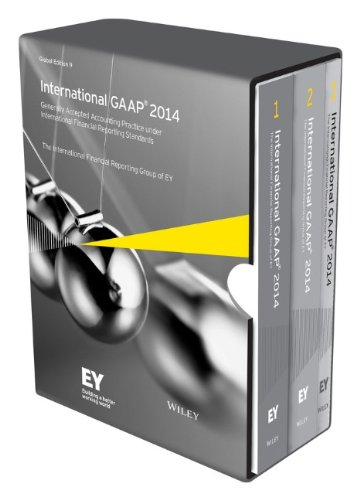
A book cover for International GAAP 2014: Generally Accepted Accounting Principles under International Financial Reporting Standards; Ernst & Young; Business & Money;